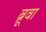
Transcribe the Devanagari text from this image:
ब्रूवा